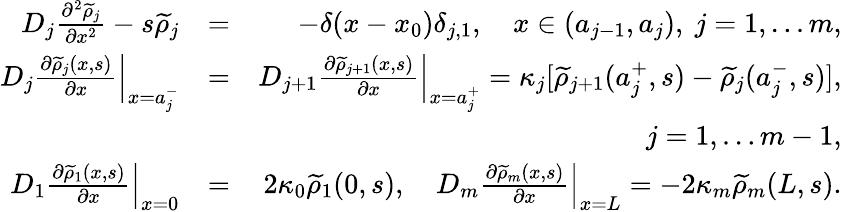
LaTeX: \begin{array}{rlr}{D_{j}\frac{\partial^{2}\widetilde{\rho}_{j}}{\partial x^{2}}-s\widetilde{\rho}_{j}}&{=}&{-\delta(x-x_{0})\delta_{j,1},\quad x\in(a_{j-1},a_{j}),\ j=1,\ldots m,}\\ {\left.D_{j}\frac{\partial\widetilde{\rho}_{j}(x,s)}{\partial x}\right|_{x=a_{j}^{-}}}&{=}&{\left.D_{j+1}\frac{\partial\widetilde{\rho}_{j+1}(x,s)}{\partial x}\right|_{x=a_{j}^{+}}=\kappa_{j}[\widetilde{\rho}_{j+1}(a_{j}^{+},s)-\widetilde{\rho}_{j}(a_{j}^{-},s)],}\\ &{}&{j=1,\ldots m-1,}\\ {\left.D_{1}\frac{\partial\widetilde{\rho}_{1}(x,s)}{\partial x}\right|_{x=0}}&{=}&{2\kappa_{0}\widetilde{\rho}_{1}(0,s),\quad\left.D_{m}\frac{\partial\widetilde{\rho}_{m}(x,s)}{\partial x}\right|_{x=L}=-2\kappa_{m}\widetilde{\rho}_{m}(L,s).}\end{array}